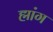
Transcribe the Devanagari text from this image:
ह्मांग